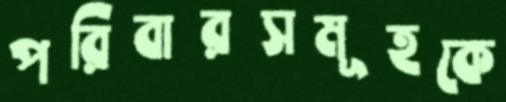
পরিবারসমূহকে